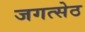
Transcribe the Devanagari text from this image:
जगत्सेठ